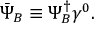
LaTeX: \bar { \Psi } _ { B } \equiv \Psi _ { B } ^ { \dagger } \gamma ^ { 0 } .